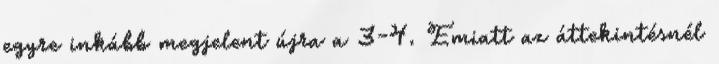
egyre inkább megjelent újra a 3-4. Emiatt az áttekintésnél